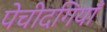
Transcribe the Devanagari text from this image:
पेचीदगियाँ